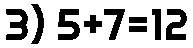
3) 5+7=12